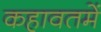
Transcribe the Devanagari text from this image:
कहावतमें